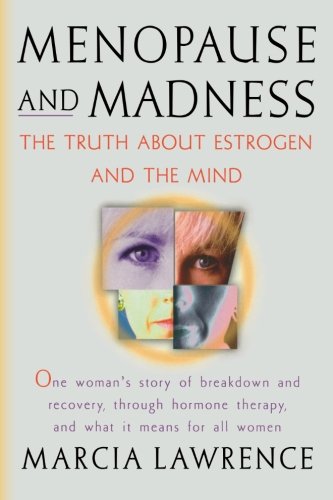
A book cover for Menopause and Madness: The Truth About Estrogen And The Mind; Marcia Lawrence; Health, Fitness & Dieting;